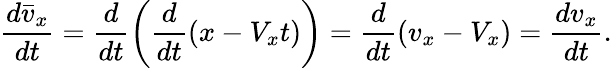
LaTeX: \frac{d\bar{v}_{x}}{dt}=\frac{d}{dt}\left(\frac{d}{dt}\left(x-V_{x}t\right)\right)=\frac{d}{dt}\left(v_{x}-V_{x}\right)=\frac{dv_{x}}{dt}.